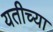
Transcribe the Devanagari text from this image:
यतीच्या